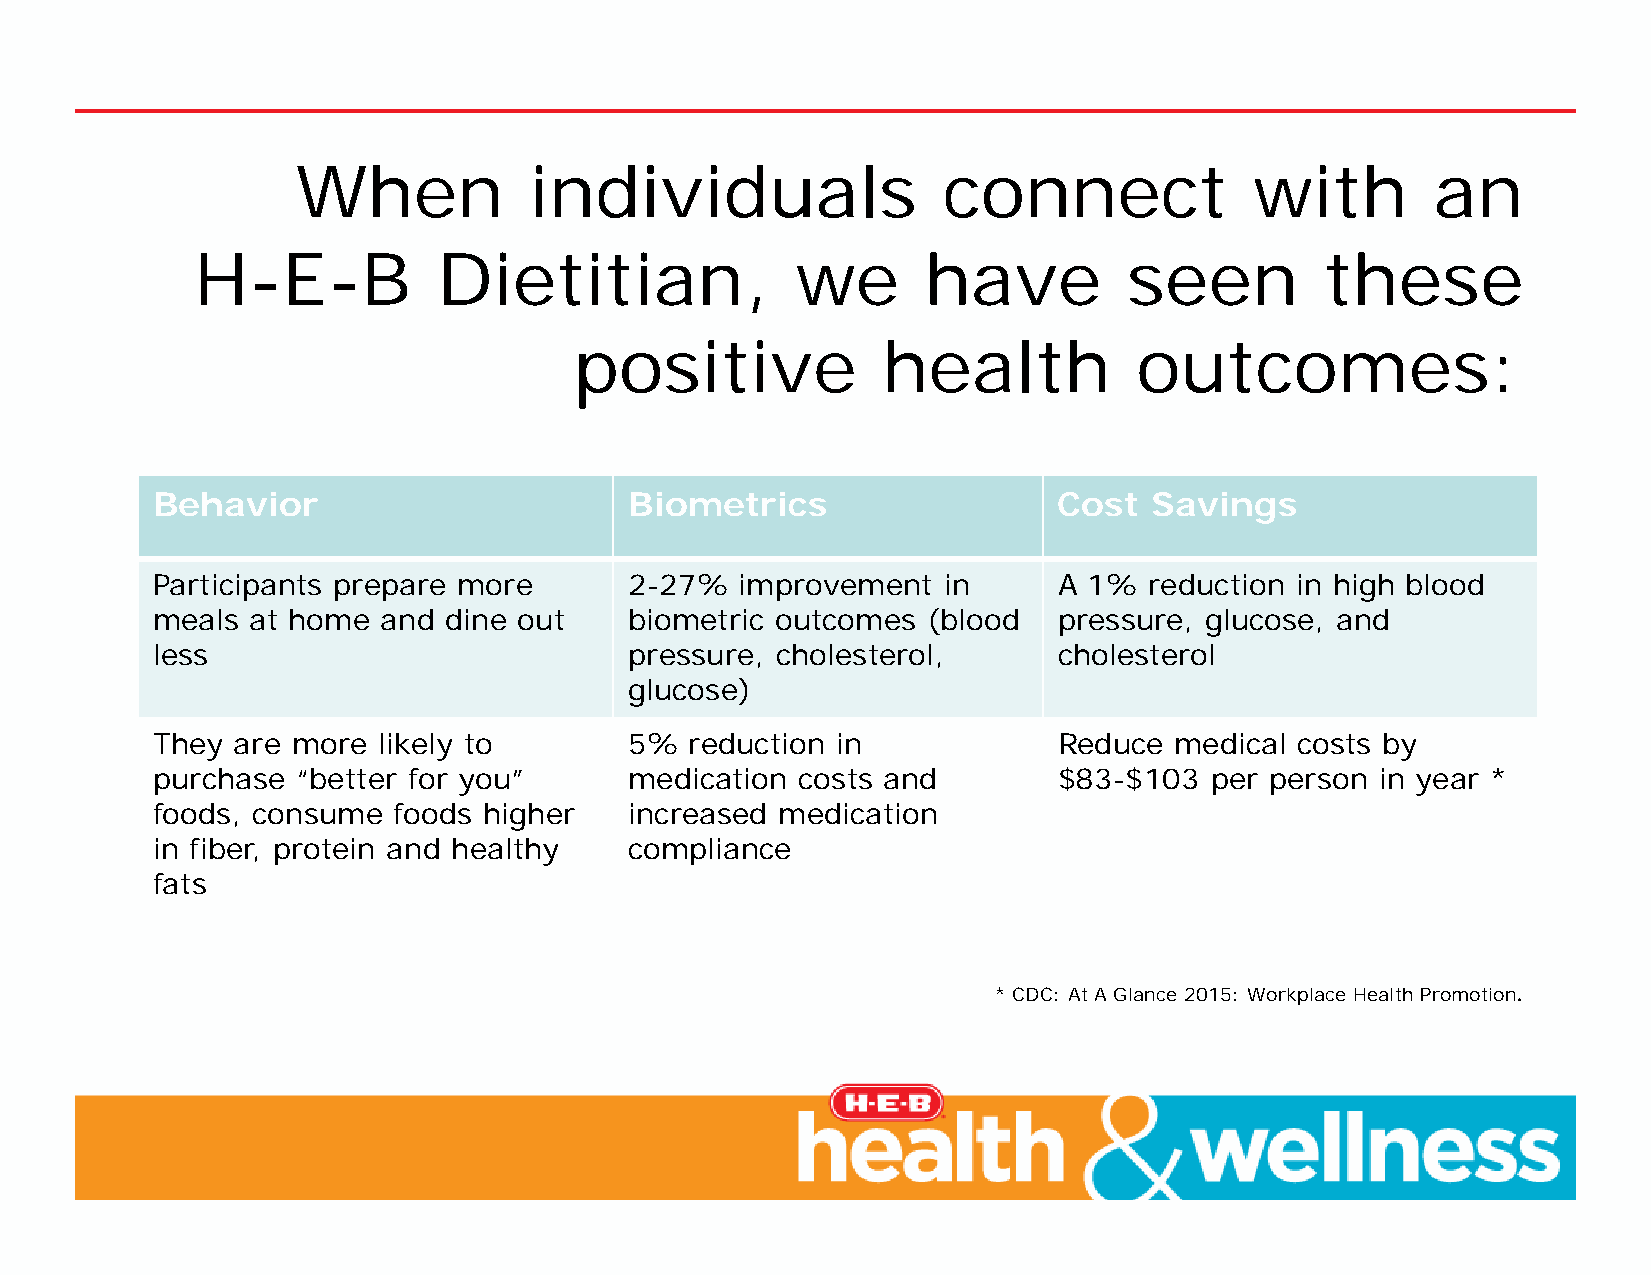
When           individuals                connect              with        an
 H-E-B           Dietitian,              we      have          seen         these
 positive            health           outcomes:
 Behavior                        Biometrics                  Cost  Savings
 Participants prepare more       2-27%  improvement  in      A 1%  reduction in high blood
 meals at home  and dine out     biometric outcomes (blood   pressure, glucose, and
 less                            pressure, cholesterol,      cholesterol
 glucose)
 They are more  likely to        5%  reduction in            Reduce  medical costs by
 purchase  “better for you”      medication costs and        $83-$103  per person in year *
 foods, consume  foods higher    increased medication
 in fiber, protein and healthy   compliance
 fats
 * CDC: At A Glance 2015: Workplace Health Promotion.